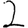
Digit: 2